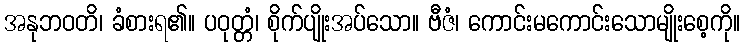
အနုဘဝတိ၊ ခံစားရ၏။ ပဝုတ္တံ၊ စိုက်ပျိုးအပ်သော။ ဗီဇံ၊ ကောင်းမကောင်းသောမျိုးစေ့ကို။